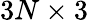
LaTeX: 3N\times 3